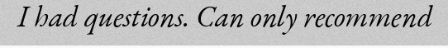
I had questions. Can only recommend